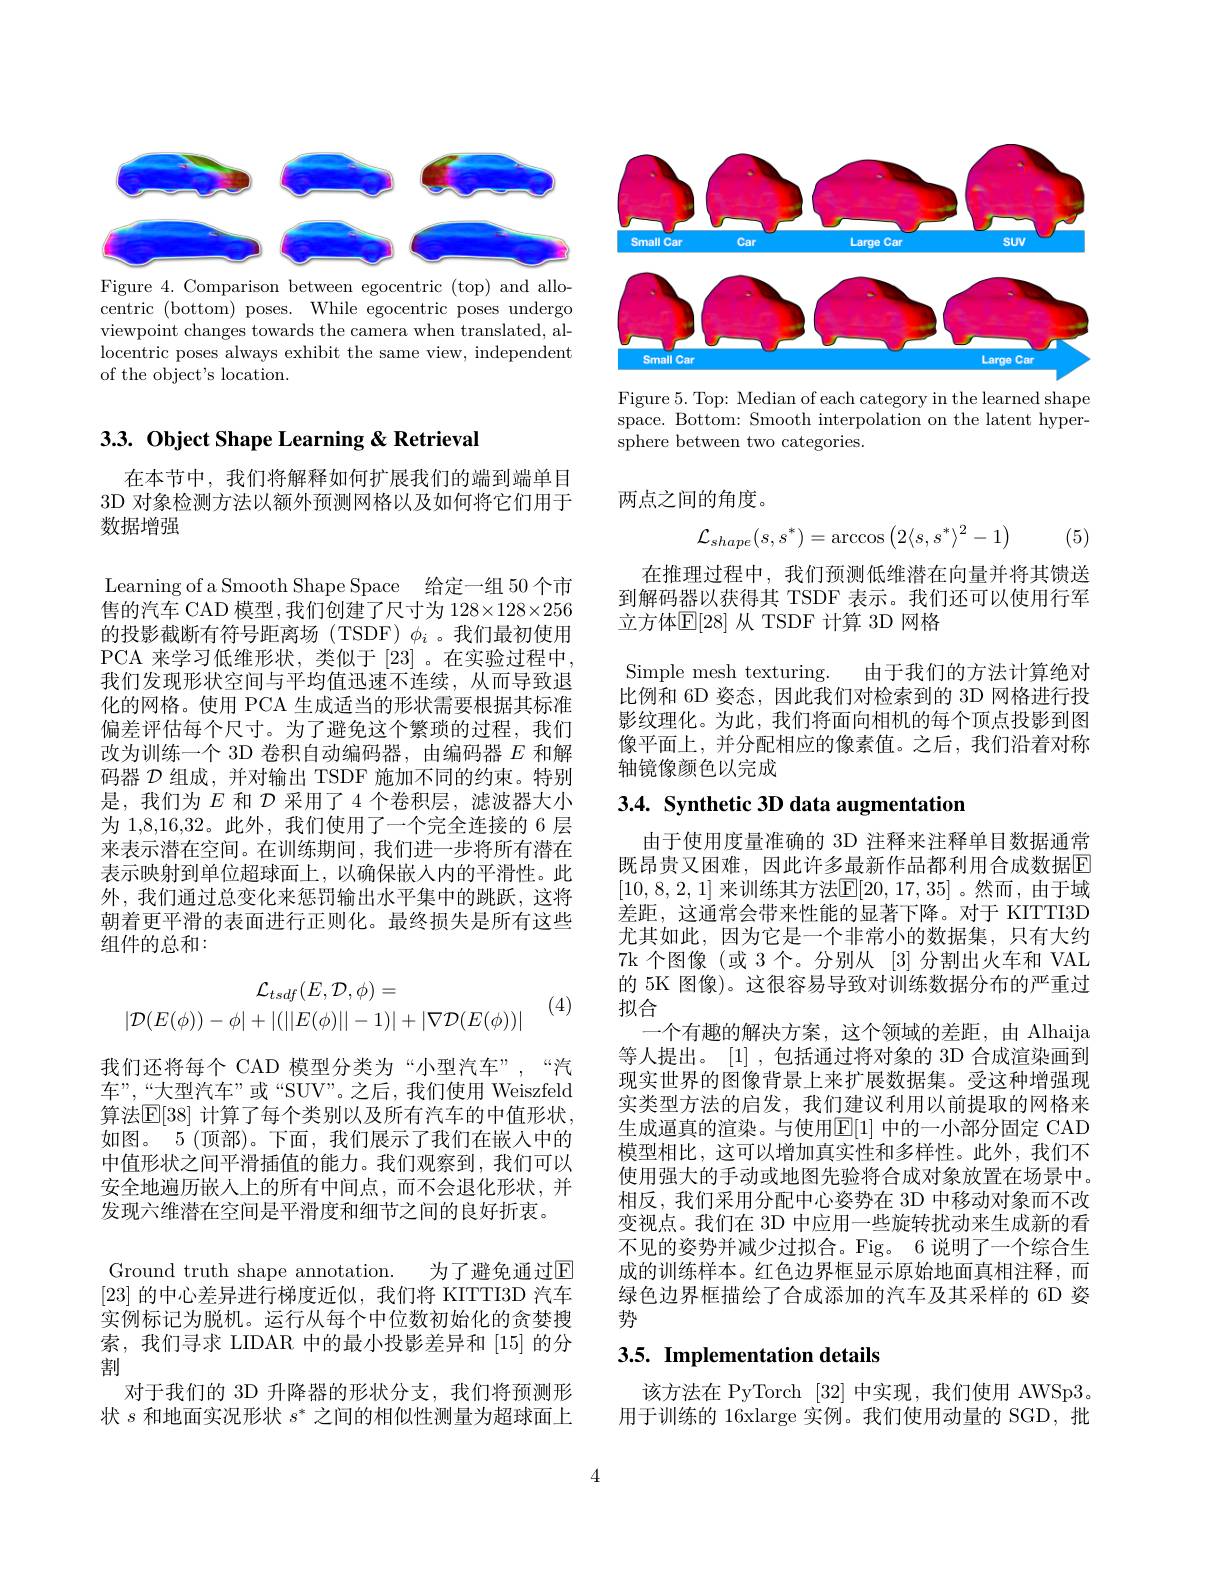
<FigureHere>
Figure 4. Comparison between egocentric (top) and allo-

centric (bottom) poses. While egocentric poses undergo viewpoint changes towards the camera when translated, allocentric poses always exhibit the same view, independent of the object's location.

# $3. 3. \textbf{ Object Shape Learning }\&$ Retrieval

在本节中，我们将解释如何扩展我们的端到端单目3D 对象检测方法以额外预测网格以及如何将它们用于数据增强

Learning of a Smooth Shape Space 给定一组 50 个市售的汽车 CAD 模型 ,我们创建了尺寸为 128$\times128\times256$ 的投影截断有符号距离场(TSDF)$\phi_i$。我们最初使用PCA 来学习低维形状，类似于[23] 。在实验过程中， 我们发现形状空间与平均值迅速不连续，从而导致退化的网格。使用 PCA 生成适当的形状需要根据其标准偏差评估每个尺寸。为了避免这个繁琐的过程，我们改为训练一个 3D 卷积自动编码器，由编码器$E$和解码器$\mathcal{D}$组成，并对输出 TSDF 施加不同的约束。特别是，我们为$E$和$\mathcal{D}$采用了 4 个卷积层，滤波器大小为 1,8,16,32。此外，我们使用了一个完全连接的 6 层来表示潜在空间。在训练期间，我们进一步将所有潜在表示映射到单位超球面上，以确保嵌入内的平滑性。此外，我们通过总变化来惩罚输出水平集中的跳跃，这将朝着更平滑的表面进行正则化。最终损失是所有这些组件的总和：
$$\mathcal{L}_{tsdf}(E,\mathcal{D},\phi)=\\|\mathcal{D}(E(\phi))-\phi|+|(||E(\phi)||-1)|+|\nabla\mathcal{D}(E(\phi))|$$
(4)

我们还将每个 CAD 模型分类为“小型汽车”,“汽

车”,“大型汽车”或“SUV”。之后，我们使用 Weiszfeld 算法$\mathbb{E}[38]$ 计算了每个类别以及所有汽车的中值形状， 如图。5 (顶部)。下面，我们展示了我们在嵌人中的中值形状之间平滑插值的能力。我们观察到，我们可以安全地遍历嵌人上的所有中间点，而不会退化形状，并发现六维潜在空间是平滑度和细节之间的良好折衷。

Ground truth shape annotation.
为了避免通过$\mathbb{E}$
[23]的中心差异进行梯度近似，我们将 KITTI3D 汽车实例标记为脱机。运行从每个中位数初始化的贪婪搜索，我们寻求 LIDAR 中的最小投影差异和 [15] 的分割
对于我们的 3D 升降器的形状分支，我们将预测形状$s$和地面实况形状$s^*$之间的相似性测量为超球面上

<FigureHere>

Figure 5. Top: Median of each category in the learned shape space. Bottom: Smooth interpolation on the latent hypersphere between two categories.

两点之间的角度。

(5)
$$\mathcal{L}_{shape}(s,s^{*})=\arccos\left(2\langle s,s^{*}\rangle^{2}-1\right)$$
在推理过程中，我们预测低维潜在向量并将其馈送到解码器以获得其 TSDF 表示。我们还可以使用行军立方体$\mathbb{E}[28]$ 从 TSDF 计算 3D 网格

Simple mesh texturing.
由于我们的方法计算绝对
比例和 6D 姿态，因此我们对检索到的 3D 网格进行投影纹理化。为此，我们将面向相机的每个顶点投影到图像平面上，并分配相应的像素值。之后，我们沿着对称轴镜像颜色以完成

3.4. Synthetic 3D data augmentation

由于使用度量准确的 3D 注释来注释单目数据通常既昂贵又困难，因此许多最新作品都利用合成数据E [10,8,2,1] 来训练其方法$\mathbb{E}[20,17,35]$。然而，由于域差距，这通常会带来性能的显著下降。对于 KITTI3D 尤其如此，因为它是一个非常小的数据集，只有大约7k 个图像 (或 3 个。分别从 [3] 分割出火车和 VAL 的 5K 图像)。这很容易导致对训练数据分布的严重过拟合
一个有趣的解决方案，这个领域的差距，由 Alhaija 等人提出。[1],包括通过将对象的 3D 合成渲染画到现实世界的图像背景上来扩展数据集。受这种增强现实类型方法的启发，我们建议利用以前提取的网格来生成逼真的渲染。与使用$\overline{\mathbb{E}}[1]$ 中的一小部分固定 CAD 模型相比，这可以增加真实性和多样性。此外，我们不使用强大的手动或地图先验将合成对象放置在场景中。相反，我们采用分配中心姿势在 3D 中移动对象而不改变视点。我们在 3D 中应用一些旋转扰动来生成新的看不见的姿势并减少过拟合。Fig。6 说明了一个综合生成的训练样本。红色边界框显示原始地面真相注释，而绿色边界框描绘了合成添加的汽车及其采样的 6D 姿势

# 3.5. Implementation details

该方法在 PyTorch [32]中实现，我们使用 AWSp3。用于训练的 16xlarge 实例。我们使用动量的 SGD,批

4